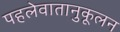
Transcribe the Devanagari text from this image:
पहलेवातानुकूलन